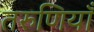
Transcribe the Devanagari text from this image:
तरुणियाँ